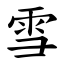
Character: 雪